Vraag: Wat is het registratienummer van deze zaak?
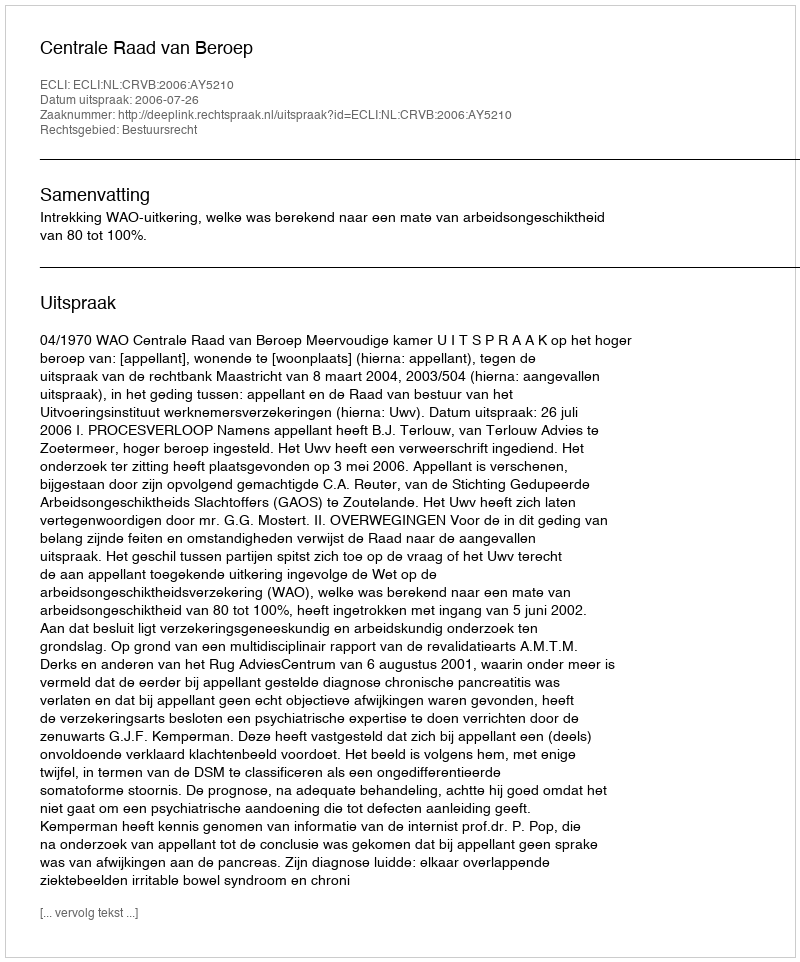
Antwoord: http://deeplink.rechtspraak.nl/uitspraak?id=ECLI:NL:CRVB:2006:AY5210